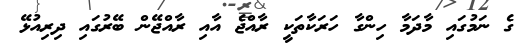
ގެ ނަމުގައި މާދަމާ ހިންގާ ހަރަކާތަކީ ރާއްޖެ އާއި ރާއްޖޭން ބޭރުގައި ދިރިއުޅޭ